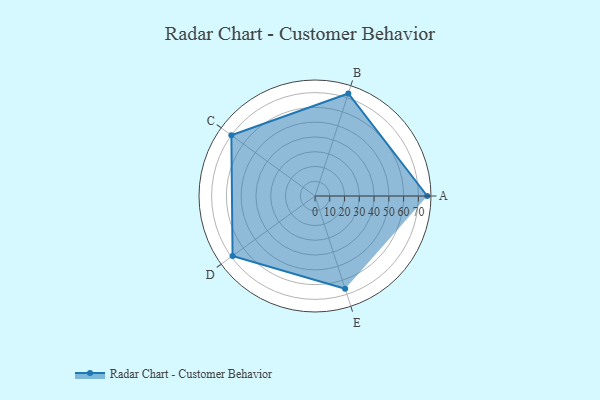
{"axis": {"x": "Skill", "y": "Score"}, "legend": ["Profile"], "data": [{"x": "A", "y": 76.0, "type": "Profile"}, {"x": "B", "y": 73.0, "type": "Profile"}, {"x": "C", "y": 70.0, "type": "Profile"}, {"x": "D", "y": 69.0, "type": "Profile"}, {"x": "E", "y": 66.0, "type": "Profile"}]}